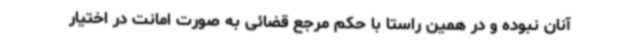
آنان نبوده و در همین راستا با حکم مرجع قضائی به صورت امانت در اختیار